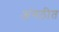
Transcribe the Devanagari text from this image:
अंगठीत